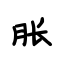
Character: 胀